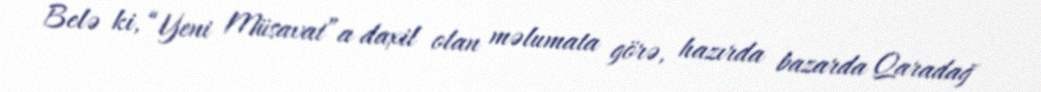
Belə ki, “Yeni Müsavat”a daxil olan məlumata görə, hazırda bazarda Qaradağ